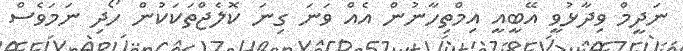
ނަދީމް ވިދާޅުވީ އޭބީއީ އިމްތިހާނުން އެއް ވަނަ ގިނަ ކޮލެޖްތަކަކުން ހޯދި ނަމަވެސް